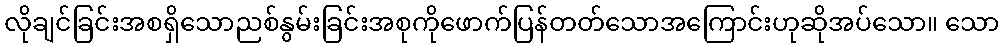
လိုချင်ခြင်းအစရှိသောညစ်နွမ်းခြင်းအစုကိုဖောက်ပြန်တတ်သောအကြောင်းဟုဆိုအပ်သော။ သော